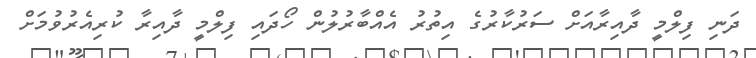
ދަނި ފިލްމީ ދާއިރާއަށް ސަރުކާރުގެ އިތުރު އެއްބާރުލުން ހޯދައި ފިލްމީ ދާއިރާ ކުރިއެރުވުމަށް